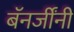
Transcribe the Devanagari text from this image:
बॅनर्जींनी